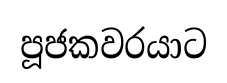
පූජකවරයාට